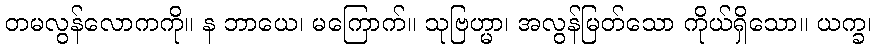
တမလွန်လောကကို။ န ဘာယေ၊ မကြောက်။ သုဗြဟ္မာ၊ အလွန်မြတ်သော ကိုယ်ရှိသော။ ယက္ခ၊